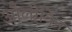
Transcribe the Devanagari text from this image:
औलीविन